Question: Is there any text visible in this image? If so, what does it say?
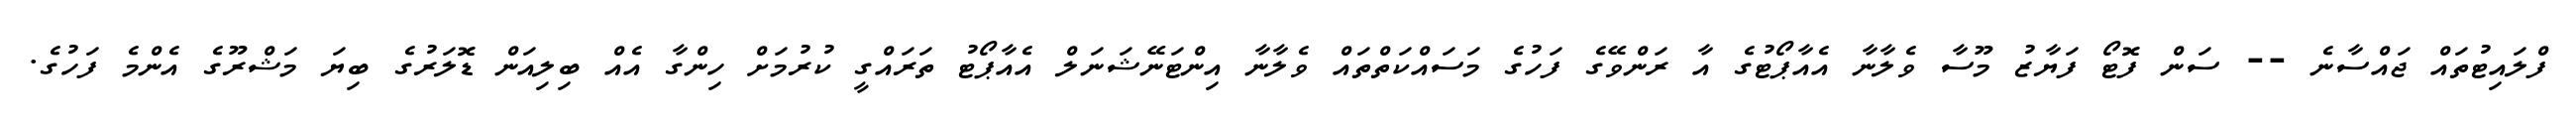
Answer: ފްލައިޓުތައް ޖައްސާނެ -- ސަން ފޮޓޯ ފަޔާޒު މޫސާ ވެލާނާ އެއާޕޯޓުގެ އާ ރަންވޭގެ ފަހުގެ މަސައްކަތްތައް ވެލާނާ އިންޓަނޭޝަނަލް އެއާޕޯޓު ތަރައްގީ ކުރުމަށް ހިންގާ އެއް ބިލިއަން ޑޮލަރުގެ ބިޔަ މަޝްރޫގެ އެންމެ ފަހުގެ.